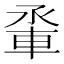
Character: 𫏵